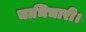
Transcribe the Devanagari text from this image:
चाभिचारी।